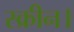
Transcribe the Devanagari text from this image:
स्क्रीन।